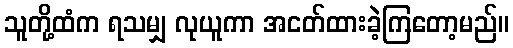
သူတို့ထံက ရသမျှ လုယူကာ အငတ်ထားခဲ့ကြတော့မည်။